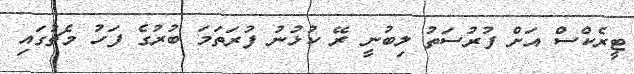
ޓީރެކްސް އަށް ފުރުސަތު ލިބުނީ ރޭ ކުޅުނު ފުރަތަމަ ބުރުގެ ފަހު މެޗުގައި